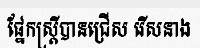
ផ្នែកស្ត្រីបានជ្រើស រើសនាង